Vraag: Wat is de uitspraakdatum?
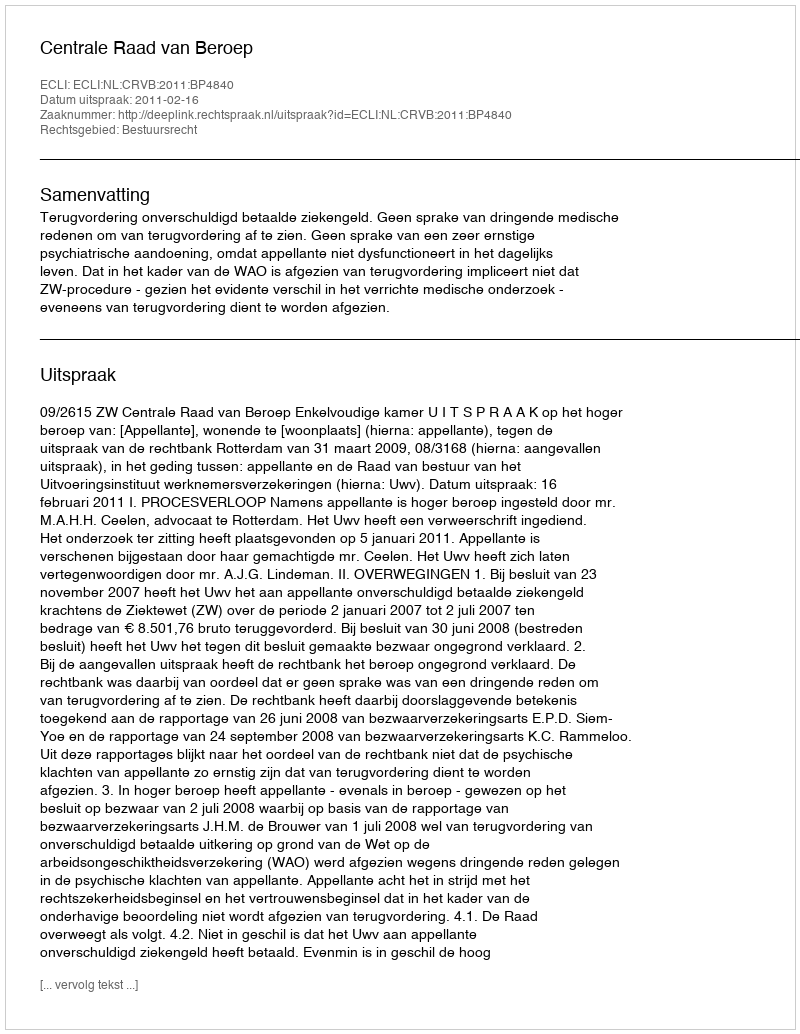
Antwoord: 2011-02-16